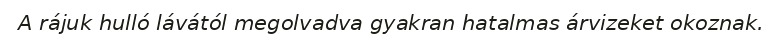
A rájuk hulló lávától megolvadva gyakran hatalmas árvizeket okoznak.